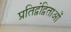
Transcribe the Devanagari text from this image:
प्रतिद्वंद्विताओं